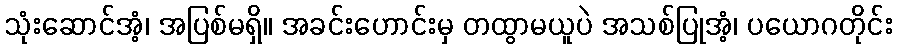
သုံးဆောင်အံ့၊ အပြစ်မရှိ။ အခင်းဟောင်းမှ တထွာမယူပဲ အသစ်ပြုအံ့၊ ပယောဂတိုင်း